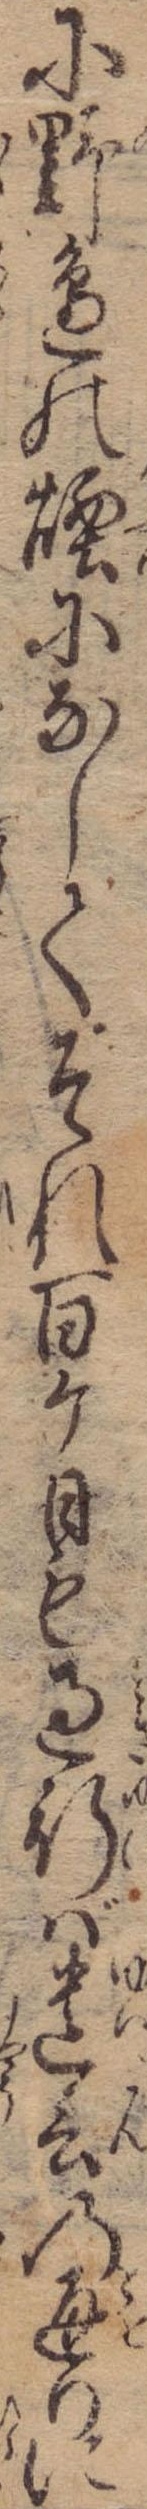
に野辺の煙になしてそれ百ケ日も過行ば遺言の通りに